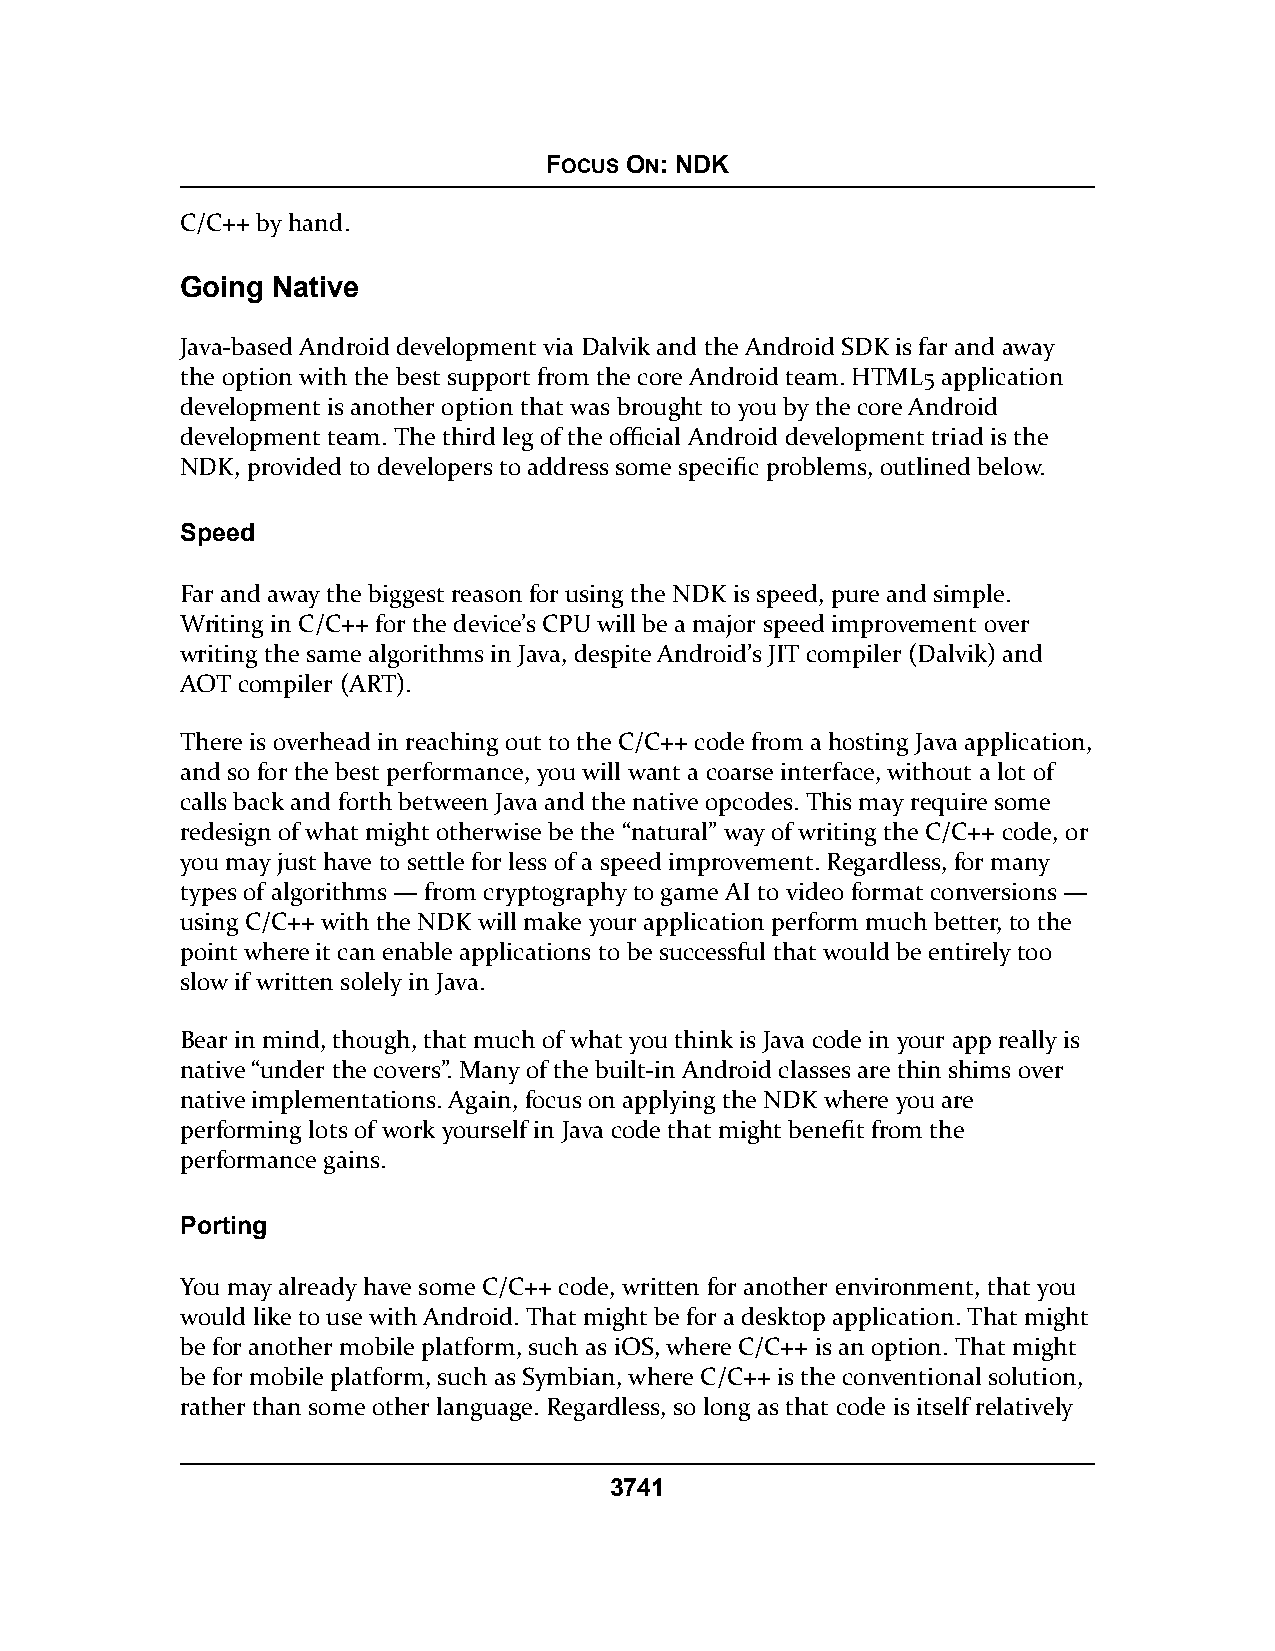
FOCUS ON: NDK
 C/C++ by hand.
 Going Native
 Java-based Android development via Dalvik and the Android SDK is far and away
 the option with the best support from the core Android team. HTML5 application
 development is another option that was brought to you by the core Android
 development team. The third leg of the official Android development triad is the
 NDK, provided to developers to address some specific problems, outlined below.
 Speed
 Far and away the biggest reason for using the NDK is speed, pure and simple.
 Writing in C/C++ for the device’s CPU will be a major speed improvement over
 writing the same algorithms in Java, despite Android’s JIT compiler (Dalvik) and
 AOT compiler (ART).
 There is overhead in reaching out to the C/C++ code from a hosting Java application,
 and so for the best performance, you will want a coarse interface, without a lot of
 calls back and forth between Java and the native opcodes. This may require some
 redesign of what might otherwise be the “natural” way of writing the C/C++ code, or
 you may just have to settle for less of a speed improvement. Regardless, for many
 types of algorithms — from cryptography to game AI to video format conversions —
 using C/C++ with the NDK will make your application perform much better, to the
 point where it can enable applications to be successful that would be entirely too
 slow if written solely in Java.
 Bear in mind, though, that much of what you think is Java code in your app really is
 native “under the covers”. Many of the built-in Android classes are thin shims over
 native implementations. Again, focus on applying the NDK where you are
 performing lots of work yourself in Java code that might benefit from the
 performance gains.
 Porting
 You may already have some C/C++ code, written for another environment, that you
 would like to use with Android. That might be for a desktop application. That might
 be for another mobile platform, such as iOS, where C/C++ is an option. That might
 be for mobile platform, such as Symbian, where C/C++ is the conventional solution,
 rather than some other language. Regardless, so long as that code is itself relatively
 3741